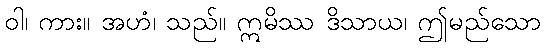
ဝါ၊ ကား။ အဟံ၊ သည်။ ဣမိဿ ဒိသာယ၊ ဤမည်သော